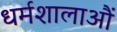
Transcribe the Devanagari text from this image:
धर्मशालाऔं